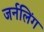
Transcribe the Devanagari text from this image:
जर्नलिंग